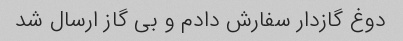
دوغ گازدار سفارش دادم و بی گاز ارسال شد